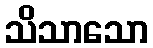
သိသာသော